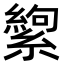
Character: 𬗸